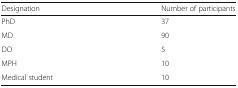
| Designation | Number of participants |
 | --- | --- |
 | PhD | 37 |
 | MD | 90 |
 | DO | 5 |
 | MPH | 10 |
 | Medical student | 10 |